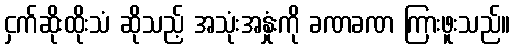
ငှက်ဆိုးထိုးသံ ဆိုသည့် အသုံးအနှုံးကို ခဏခဏ ကြားဖူးသည်။